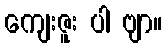
ကျေးဇူး ပါ ဗျာ။